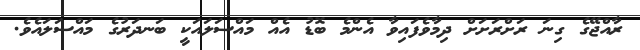
ރާއްޖޭގެ ގިނަ ރަށްރަށަށް ދިމާވެފައިވާ އެންމެ ބޮޑު އެއް މައްސަލައަކީ ބަނދަރުގެ މައްސަލައެވެ.